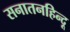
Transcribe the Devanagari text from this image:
सनातनहिन्दू